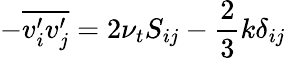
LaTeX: -{\overline{{v_{i}^{\prime}v_{j}^{\prime}}}}=2\nu_{t}S_{ij}-{\frac{2}{3}}k\delta_{ij}